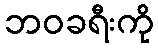
ဘဝခရီးကို